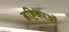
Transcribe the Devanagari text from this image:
इष्टिकाओं